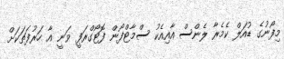
މިފޯނުގެ ޑުއަލް ކެމެރާ ލެންސް އާއިއެކު ސްމާޓްފޯން ފޮޓޯގްރަފީ ވަނީ އާ ހަރުފަތަކަށް